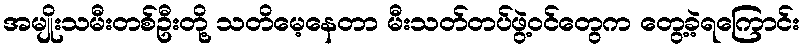
အမျိုးသမီးတစ်ဦးတို့ သတိမေ့နေတာ မီးသတ်တပ်ဖွဲ့ဝင်တွေက တွေ့ခဲ့ရကြောင်း